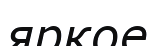
яркое